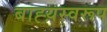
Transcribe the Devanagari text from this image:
बाह्य़स्वरूप